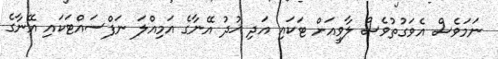
ނަމަވެސް އެވަގުތުވެސް ލާވީއަށް ޓަކައި އަދި ޚުދު އޭނާގެ އަމިއްލަ ނަފްސައްޓަކައި އޭނާގެ